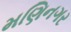
મણિનગર